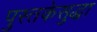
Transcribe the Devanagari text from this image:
पुस्तकेसुद्धा